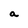
Character: a